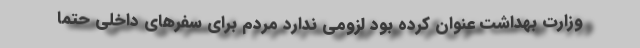
وزارت بهداشت عنوان کرده بود لزومی ندارد مردم برای سفرهای داخلی حتما